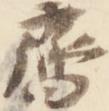
斉